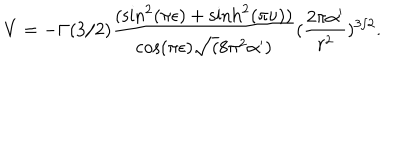
LaTeX: V = - \Gamma ( 3 / 2 ) \frac { ( \sin ^ { 2 } ( \pi \epsilon ) + \sinh ^ { 2 } ( \pi \nu ) ) } { \cos ( \pi \epsilon ) \sqrt ( 8 \pi ^ { 2 } \alpha ^ { \prime } ) } ( \frac { 2 \pi \alpha ^ { \prime } } { r ^ { 2 } } ) ^ { 3 / 2 } .